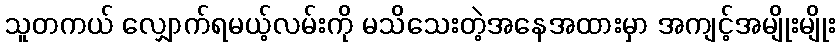
သူတကယ် လျှောက်ရမယ့်လမ်းကို မသိသေးတဲ့အနေအထားမှာ အကျင့်အမျိုးမျိုး